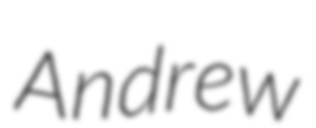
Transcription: Andrew